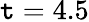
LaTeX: \mathtt{t}=4.5